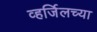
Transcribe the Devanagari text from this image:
व्हर्जिलच्या